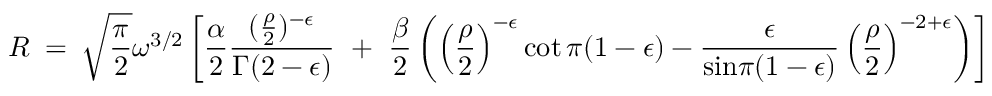
R ~ = ~ { \sqrt { \frac { \pi } { 2 } } } \omega ^ { 3 / 2 } \left[ { \frac { \alpha } { 2 } } \frac { ( { \frac { \rho } { 2 } } ) ^ { - \epsilon } } { \Gamma ( 2 - \epsilon ) } ~ + ~ { \frac { \beta } { 2 } } \left( \left( { \frac { \rho } { 2 } } \right) ^ { - \epsilon } \cot \pi ( 1 - \epsilon ) - \frac { \epsilon } { { \mathrm { s i n } } \pi ( 1 - \epsilon ) } \left( { \frac { \rho } { 2 } } \right) ^ { - 2 + \epsilon } \right) \right] ~ .